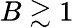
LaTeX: B\gtrsim 1